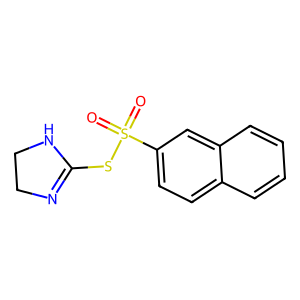
SMILES: O=S(=O)(SC1=NCCN1)c1ccc2ccccc2c1
Inhibits HIV replication: Yes